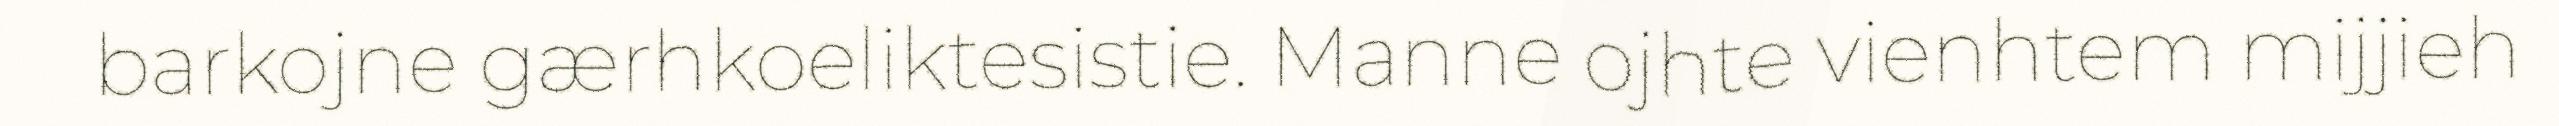
barkojne gærhkoeliktesistie. Manne ojhte vienhtem mijjieh